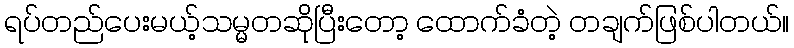
ရပ်တည်ပေးမယ့်သမ္မတဆိုပြီးတော့ ထောက်ခံတဲ့ တချက်ဖြစ်ပါတယ်။